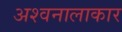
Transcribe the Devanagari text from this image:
अश्वनालाकार